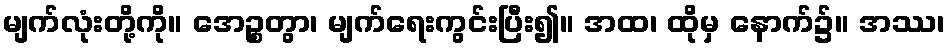
မျက်လုံးတို့ကို။ အေဉ္စတွာ၊ မျက်ရေးကွင်းပြီး၍။ အထ၊ ထိုမှ နောက်၌။ အဿ၊